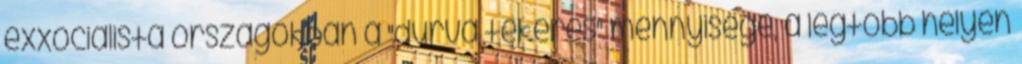
exxocialista országokban a "durva tekerés" mennyisége, a legtöbb helyen